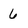
Character: 6